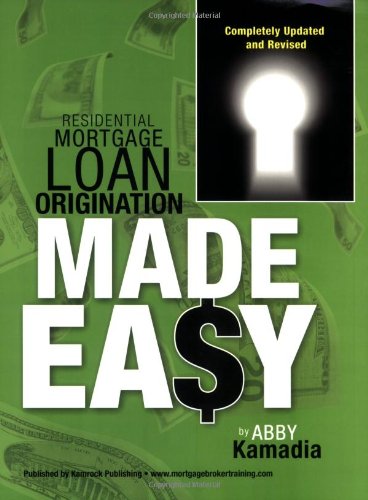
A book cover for Residential Mortgage Loan Origination Made Easy; Abby Kamadia; Business & Money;